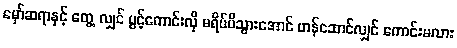
မှော်ဆရာနှင့် တွေ့ လျှင် ပွင့်ကောင်းလို မရိပ်မိသွားအောင် ဟန်ဆောင်လျှင် ကောင်းမလား